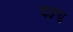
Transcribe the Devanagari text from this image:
फ़ुकुयु